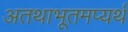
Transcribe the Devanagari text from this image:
अतथाभूतमप्यर्थ